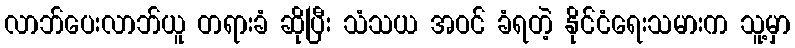
လာဘ်ပေးလာဘ်ယူ တရားခံ ဆိုပြီး သံသယ အဝင် ခံရတဲ့ နိုင်ငံရေးသမားက သူ့မှာ